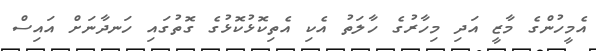
އެމީހުންގެ މާޒީ އަދި މިހާރުގެ ހާލަތު އެކި އެތިކޮޅުކޮޅުގެ ގޮތުގައި ހަނދާނަށް އައިސް